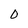
Character: 0